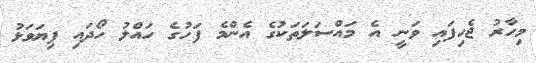
މިހާރު ޖެހިފައި ވަނީ އެ މައްސަލަތަކުގެ އެންމެ ފަހުގެ ހައްލު ހޯދައި ފިޔަވަޅު